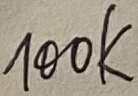
Text: 100K